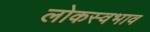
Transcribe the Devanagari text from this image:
लोकस्वभाव